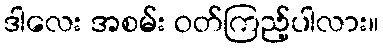
ဒါလေး အစမ်း ဝတ်ကြည့်ပါလား။